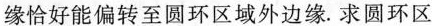
缘恰好能偏转至圆环区域外边缘。求圆环区域